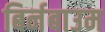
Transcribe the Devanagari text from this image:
बिर्नबाउम